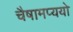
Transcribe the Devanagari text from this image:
चैषामप्ययो